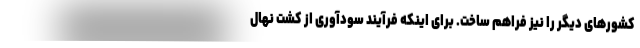
کشورهای دیگر را نیز فراهم ساخت. برای اینکه فرآیند سودآوری از کشت نهال